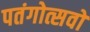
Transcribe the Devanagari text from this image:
पतंगोत्सवों